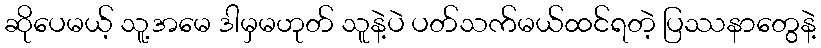
ဆိုပေမယ့် သူ့အမေ ဒါမှမဟုတ် သူနဲ့ပဲ ပတ်သက်မယ်ထင်ရတဲ့ ပြဿနာတွေနဲ့